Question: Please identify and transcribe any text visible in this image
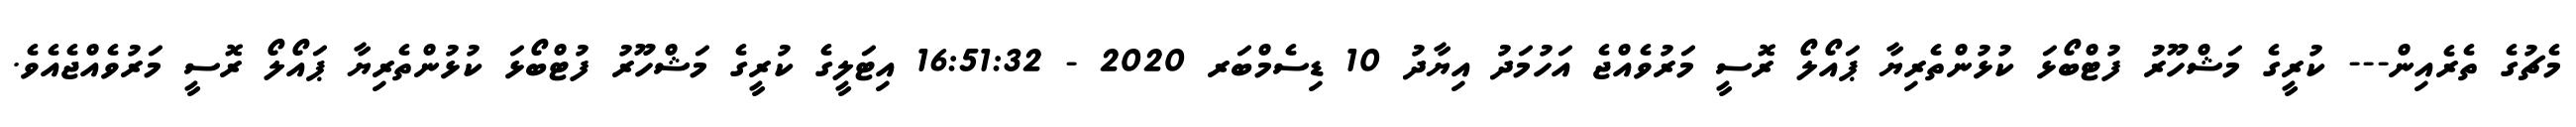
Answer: މެޗުގެ ތެރެއިން--- ކުރީގެ މަޝްހޫރު ފުޓްބޯޅަ ކުޅުންތެރިޔާ ޕައޯލޯ ރޮސީ މަރުވެއްޖެ އަހުމަދު އިޔާދު 10 ޑިސެމްބަރ 2020 - 16:51:32 އިޓަލީގެ ކުރީގެ މަޝްހޫރު ފުޓްބޯޅަ ކުޅުންތެރިޔާ ޕައޯލޯ ރޮސީ މަރުވެއްޖެއެވެ.